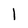
Character: 1